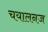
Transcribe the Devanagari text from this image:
चयालनज